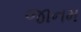
જાનમ